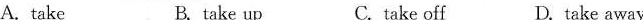
A. take B. take up C. take off D.take away